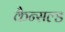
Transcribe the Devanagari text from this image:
कैन्सल्ड